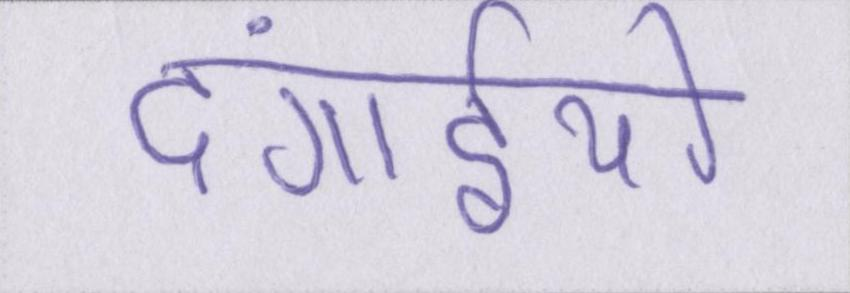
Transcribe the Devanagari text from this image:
दंगाईयो